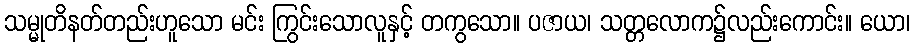
သမ္မုတိနတ်တည်းဟူသော မင်း ကြွင်းသောလူနှင့် တကွသော။ ပဇာယ၊ သတ္တလောက၌လည်းကောင်း။ ယော၊